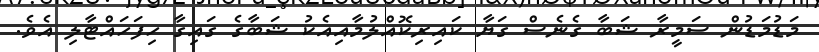
މަޑުމަޑުން ސަމީރާ ޝަބާ ގެނެސް ގަޔާ ކައިރިކޮއްލުމާއިއެކު ޝަބާގެ ގައިގާ ހިފަހައްޓާލި އެވެ.